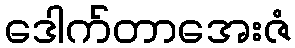
ဒေါက်တာအေးဇံ